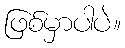
ဖြစ်မှာပါပဲ။